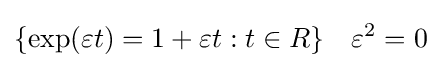
\lbrace \exp(\varepsilon t)=1+\varepsilon t:t\in R\rbrace \quad \varepsilon ^{2}=0